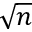
\sqrt { n }